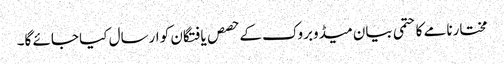
مختارنامے کا حتمی بیان میڈوبروک کے حصص یافتگان کو ارسال کیا جائے گا۔